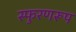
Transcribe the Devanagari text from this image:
स्फुरणरूप